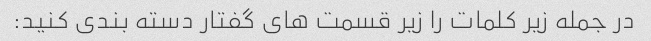
در جمله زیر کلمات را زیر قسمت های گفتار دسته بندی کنید: